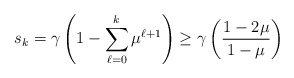
\begin{align*} s_{k} = \gamma \left(1-\sum_{\ell=0}^{k}\mu^{\ell+1}\right) \geq \gamma\left(\frac{1-2\mu}{1-\mu}\right) \end{align*}